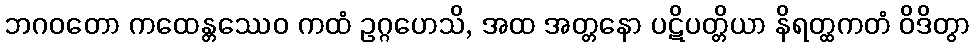
ဘဂဝတော ကထေန္တဿေဝ ကထံ ဥဂ္ဂဟေသိ, အထ အတ္တနော ပဋိပတ္တိယာ နိရတ္ထကတံ ဝိဒိတွာ